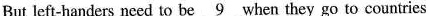
But left-handers need to be \underline{9} when they go to countries